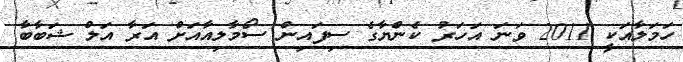
ހަމަލާއަކީ 2011 ވަނަ އަހަރު ކެންޔާގެ ސިފައިން ސޯމާލިއާއަށް އަރާ އަލް ޝަބާބާ